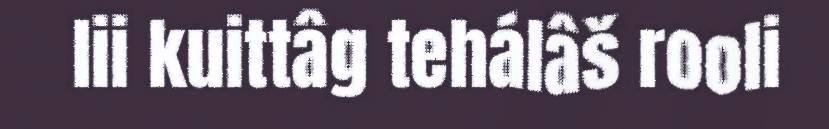
lii kuittâg tehálâš rooli